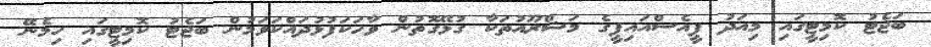
ބަޖެޓު ކޮމިޓީގައި މިއަދު ޕީއެސްއައިޕީގެ މަޝްރޫއުތަކާ ގުޅޭގޮތުން ވާހަކަފުޅުދައްކަވަމުން ބަޖެޓު ކޮމިޓީގައި ހިމެނޭ